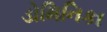
ડોમિનિકા